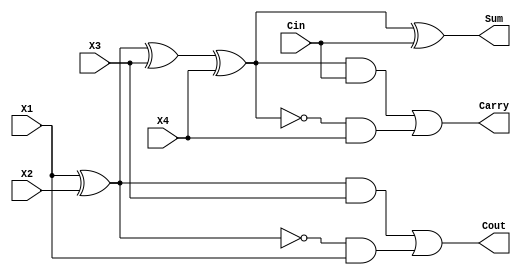
`timescale 1ps/1ps

module COMP4to2 (X1, X2, X3, X4, Cin, Cout, Sum, Carry);
  
 input X1, X2, X3, X4, Cin; 
 output Cout, Sum, Carry; 
 
 assign Sum = X1 ^ X2 ^ X3 ^ X4 ^ Cin;
 assign Carry = ((X1 ^ X2 ^ X3 ^ X4) & Cin) | (~(X1 ^ X2 ^ X3 ^ X4) & X4) ;
 assign Cout = ((X1 ^ X2) & X3) | (~(X1 ^ X2) & X1);

endmodule